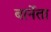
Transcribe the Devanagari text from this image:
बार्नेता